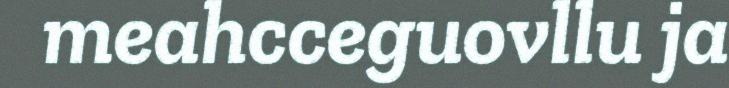
meahcceguovllu ja